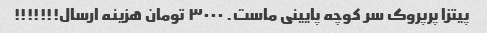
پیتزا پرپروک سر کوچه پایینی ماست. ۳۰۰۰ تومان هزینه ارسال!!!!!!!